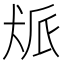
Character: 𬌰